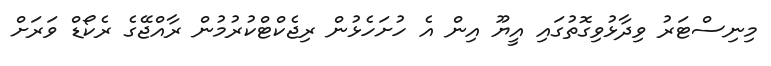
މިނިސްޓަރު ވިދާޅުވިގޮތުގައި އީޔޫ އިން އެ ހުށަހެޅުން ރިޖެކްޓްކުރުމުން ރާއްޖޭގެ ރެކޯޑް ވަރަށް